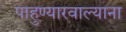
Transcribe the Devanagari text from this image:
पाहुण्यारवाल्याना